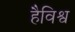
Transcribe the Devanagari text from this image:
हैविश्व